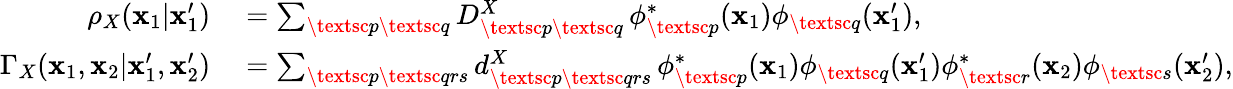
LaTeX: \begin{array}{rl}{\rho_{X}(\mathbf{x}_{1}|\mathbf{x}_{1}^{\prime})}&{{}=\sum_{\textsc{p}\textsc{q}}D_{\textsc{p}\textsc{q}}^{X}\, \phi_{\textsc{p}}^{*}({\mathbf{\mathbf{x}}}_{1})\phi_{\textsc{q}}({\mathbf{\mathbf{x}}}_{1}^{\prime}),}\\ {\Gamma_{X}(\mathbf{x}_{1},\mathbf{x}_{2}|\mathbf{x}_{1}^{\prime},\mathbf{x}_{2}^{\prime})}&{{}=\sum_{\textsc{p}\textsc{qrs}}d_{\textsc{p}\textsc{qrs}}^{X}\, \phi_{\textsc{p}}^{*}(\mathbf{x}_{1})\phi_{\textsc{q}}(\mathbf{x}_{1}^{\prime})\phi_{\textsc{r}}^{*}(\mathbf{x}_{2})\phi_{\textsc{s}}(\mathbf{x}_{2}^{\prime}),}\end{array}